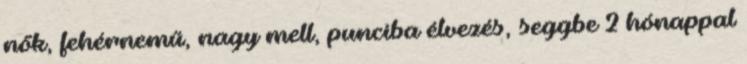
nők, fehérnemű, nagy mell, punciba élvezés, seggbe 2 hónappal